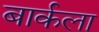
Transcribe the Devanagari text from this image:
बार्कला